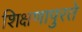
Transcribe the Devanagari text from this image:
शिक्षणापुरते